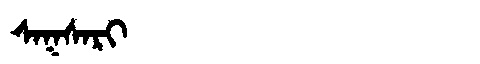
Manchu: ᠰᠠᡴᠰᠠᡵᡳ
Romanization: SAKSARI